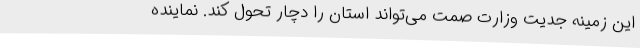
این زمینه جدیت وزارت صمت می‌تواند استان را دچار تحول کند. نماینده